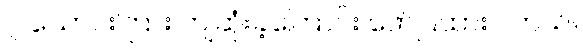
၇ သောင်းကြား ကျဆုံးခဲ့ကြောင်း ဖော်ပြထားပါတယ်။